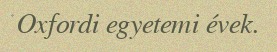
Oxfordi egyetemi évek.